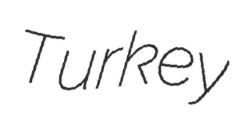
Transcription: Turkey